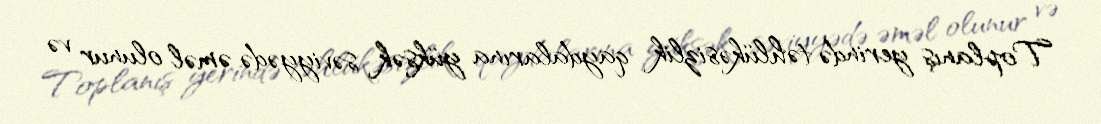
Toplanış yerində təhlükəsizlik qaydalarına yüksək səviyyədə əməl olunur və